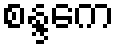
စန္ဒကေ